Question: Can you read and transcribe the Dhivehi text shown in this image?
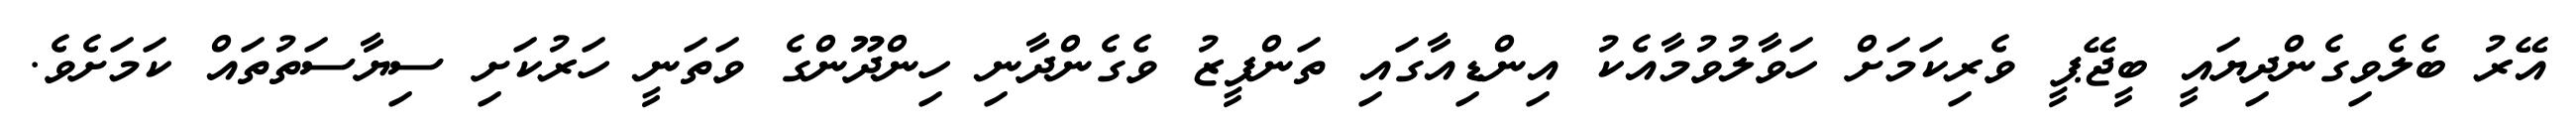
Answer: އޭރު ބެލެވިގެންދިޔައީ ބީޖޭޕީ ވެރިކަމަށް ހަވާލުވުމާއެކު އިންޑިއާގައި ތަންފީޒު ވެގެންދާނި ހިންދޫންގެ ވަތަނީ ހަރުކަށި ސިޔާސަތުތައް ކަމަށެވެ.